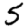
Digit: 5